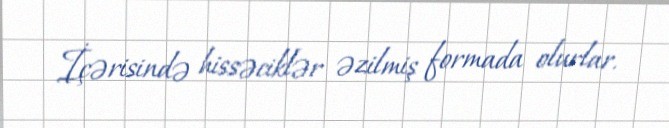
İçərisində hissəciklər əzilmiş formada olurlar.